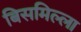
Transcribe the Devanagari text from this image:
बिसमिल्ला